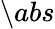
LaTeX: \setminus abs